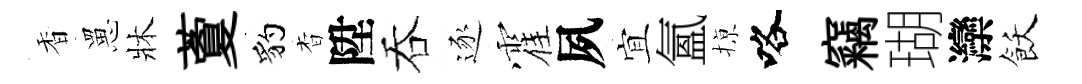
香罳牀藑豹杳陞吞逐霍夙宜氳𢱊咯竊瑚灤飫